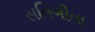
સતિગીતા